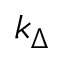
k _ { \Delta }